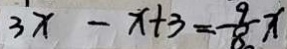
3 x - x + 3 = - \frac { 9 } { 8 } x